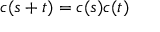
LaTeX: c ( s + t ) = c ( s ) c ( t )